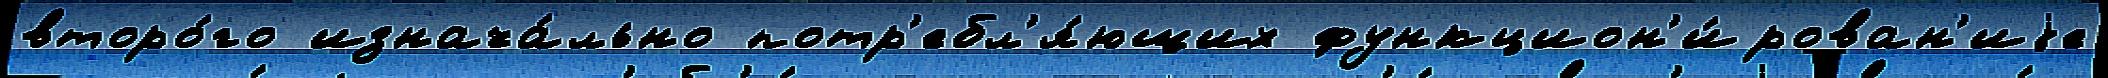
второ́го изнача́льно потр'ебл'я́ющих функцион'и́рован'иjе